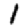
Digit: 1